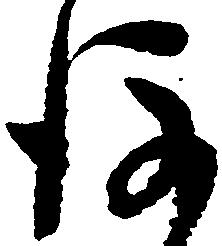
後